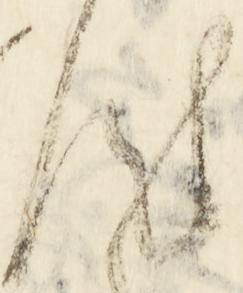
汰